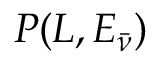
P ( L , E _ { \bar { \nu } } )